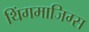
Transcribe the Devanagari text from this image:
थिंगमाजिग्स